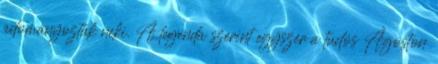
adományozták neki. A legenda szerint egyszer a tudós Ágoston